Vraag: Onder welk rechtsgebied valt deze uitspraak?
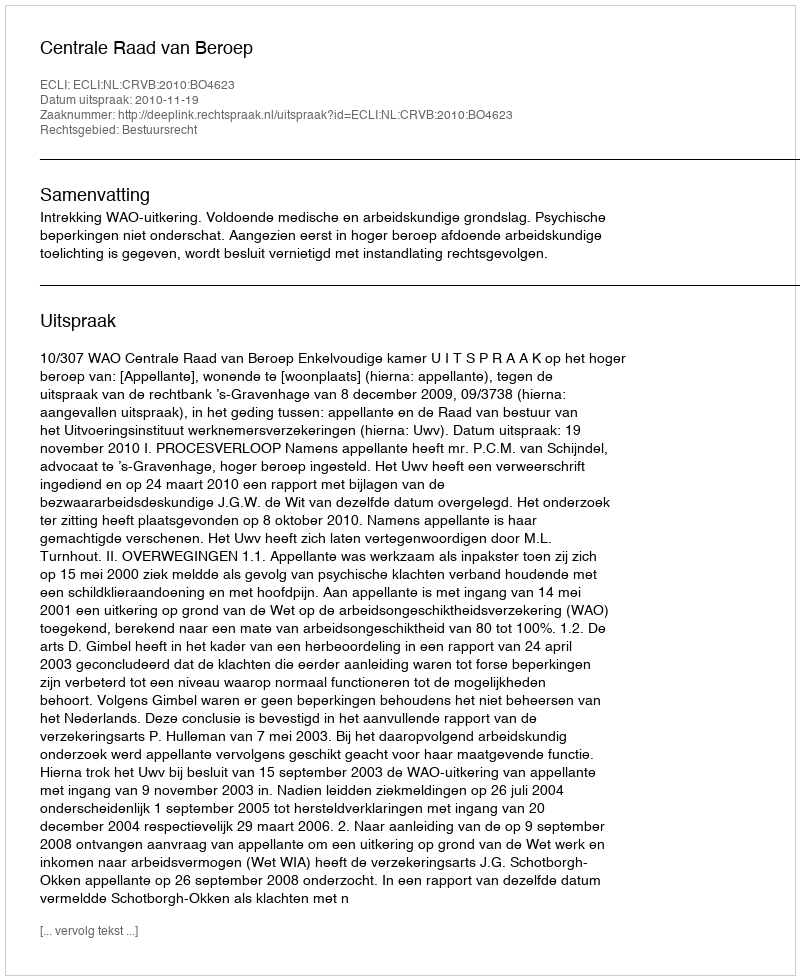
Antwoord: Bestuursrecht